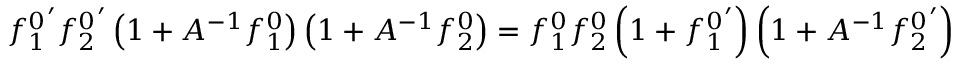
{ f _ { 1 } ^ { 0 } } ^ { \prime } { f _ { 2 } ^ { 0 } } ^ { \prime } \left( 1 + A ^ { - 1 } f _ { 1 } ^ { 0 } \right) \left( 1 + A ^ { - 1 } f _ { 2 } ^ { 0 } \right) = f _ { 1 } ^ { 0 } f _ { 2 } ^ { 0 } \left( 1 + { f _ { 1 } ^ { 0 } } ^ { \prime } \right) \left( 1 + A ^ { - 1 } { f _ { 2 } ^ { 0 } } ^ { \prime } \right)